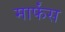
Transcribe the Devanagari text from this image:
मार्फंस